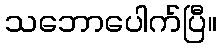
သဘောပေါက်ပြီ။